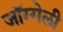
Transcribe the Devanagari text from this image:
जॉग्गेली